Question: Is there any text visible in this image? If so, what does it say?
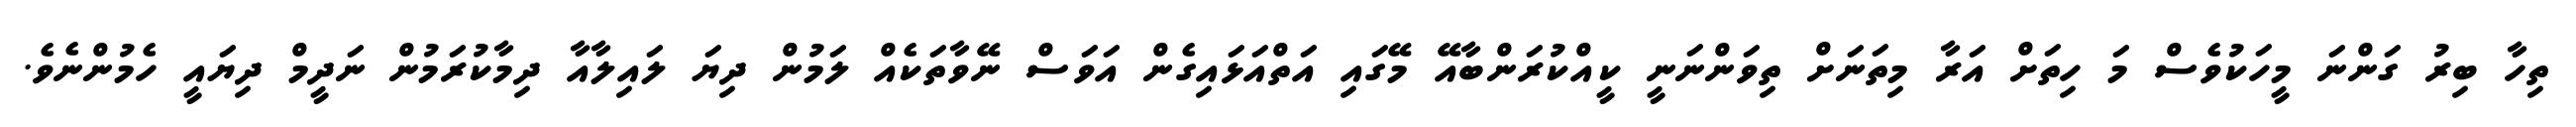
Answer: ތިހާ ބިރު ގަންނަ މީހަކުވެސް މަ ހިތަށް އަރާ މިތަނަށް ތިވަންނަނީ ކީއްކުރަންބާއޭ މޭގައި އަތްއަޅައިގެން އަވަސް ނޭވާތަކެއް ލަމުން ދިޔަ ލައިލާއާ ދިމާކުރަމުން ނަދީމް ދިޔައީ ހެމުންނެވެ.